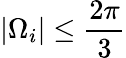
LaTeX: |\Omega_{i}|\leq\frac{2\pi}{3}